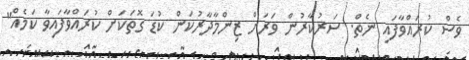
ވެސް ކުރައްވާފައި ނެތް. ސަރުކާރުން ވަރަށް ޒިންމާދާރުކަން ކުޑަ ގޮތަކަށް ކުރައްވާފައިވާ ކަމެއް"